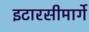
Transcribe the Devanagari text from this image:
इटारसीमार्गे